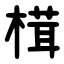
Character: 榵